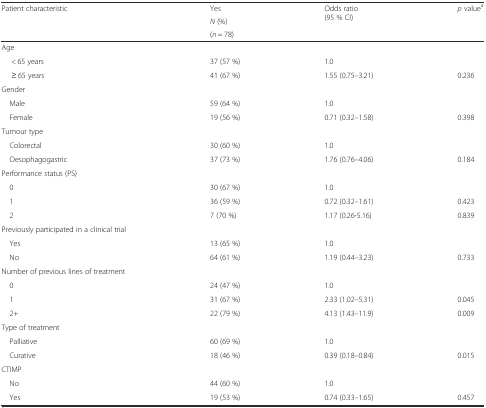
<table><thead><tr><td rowspan="3"><b>Patient characteristic</b></td><td><b>Yes</b></td><td rowspan="3"><b>Odds ratio (95 % CI)</b></td><td rowspan="3"><b><i>p</i> value<sup>a</sup></b></td></tr><tr><td><b><i>N</i> (%)</b></td></tr><tr><td><b>(<i>n</i> = 78)</b></td></tr></thead><tbody><tr><td>Age</td><td></td><td></td><td></td></tr><tr><td>&lt; 65 years</td><td>37 (57 %)</td><td>1.0</td><td></td></tr><tr><td>≥ 65 years</td><td>41 (67 %)</td><td>1.55 (0.75–3.21)</td><td>0.236</td></tr><tr><td>Gender</td><td></td><td></td><td></td></tr><tr><td> Male</td><td>59 (64 %)</td><td>1.0</td><td></td></tr><tr><td> Female</td><td>19 (56 %)</td><td>0.71 (0.32–1.58)</td><td>0.398</td></tr><tr><td>Tumour type</td><td></td><td></td><td></td></tr><tr><td> Colorectal</td><td>30 (60 %)</td><td>1.0</td><td></td></tr><tr><td> Oesophagogastric</td><td>37 (73 %)</td><td>1.76 (0.76–4.06)</td><td>0.184</td></tr><tr><td>Performance status (PS)</td><td></td><td></td><td></td></tr><tr><td> 0</td><td>30 (67 %)</td><td>1.0</td><td></td></tr><tr><td> 1</td><td>36 (59 %)</td><td>0.72 (0.32–1.61)</td><td>0.423</td></tr><tr><td> 2</td><td>7 (70 %)</td><td>1.17 (0.26-5.16)</td><td>0.839</td></tr><tr><td>Previously participated in a clinical trial</td><td></td><td></td><td></td></tr><tr><td> Yes</td><td>13 (65 %)</td><td>1.0</td><td></td></tr><tr><td> No</td><td>64 (61 %)</td><td>1.19 (0.44–3.23)</td><td>0.733</td></tr><tr><td>Number of previous lines of treatment</td><td></td><td></td><td></td></tr><tr><td> 0</td><td>24 (47 %)</td><td>1.0</td><td></td></tr><tr><td> 1</td><td>31 (67 %)</td><td>2.33 (1.02–5.31)</td><td>0.045</td></tr><tr><td> 2+</td><td>22 (79 %)</td><td>4.13 (1.43–11.9)</td><td>0.009</td></tr><tr><td>Type of treatment</td><td></td><td></td><td></td></tr><tr><td> Palliative</td><td>60 (69 %)</td><td>1.0</td><td></td></tr><tr><td> Curative</td><td>18 (46 %)</td><td>0.39 (0.18–0.84)</td><td>0.015</td></tr><tr><td>CTIMP</td><td></td><td></td><td></td></tr><tr><td> No</td><td>44 (60 %)</td><td>1.0</td><td></td></tr><tr><td> Yes</td><td>19 (53 %)</td><td>0.74 (0.33–1.65)</td><td>0.457</td></tr></tbody></table>